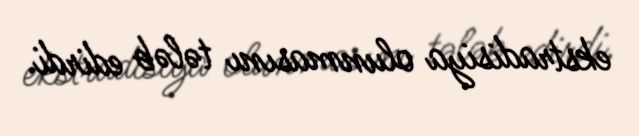
ekstradisiya olunmasını tələb edirdi.